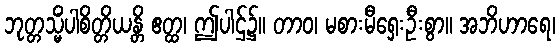
ဘုတ္တသ္မိံပါစိတ္တိယန္တိ ဧတ္ထ၊ ဤပါဌ်၌။ တာဝ၊ မစားမီရှေးဦးစွာ။ အဘိဟာရေ၊